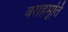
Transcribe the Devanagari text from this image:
वराहमूर्ति